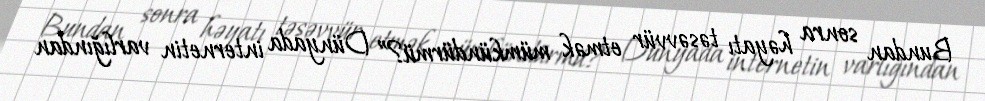
Bundan sonra həyatı təsəvvür etmək mümkündürmü?” Dünyada internetin varlığından